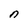
Character: n